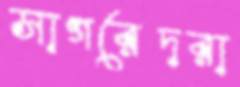
সাগরেদরা